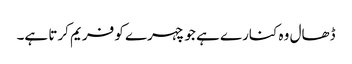
ڈھال وہ کنارے ہے جو چہرے کو فریم کرتا ہے۔